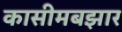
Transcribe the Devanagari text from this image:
कासीमबझार